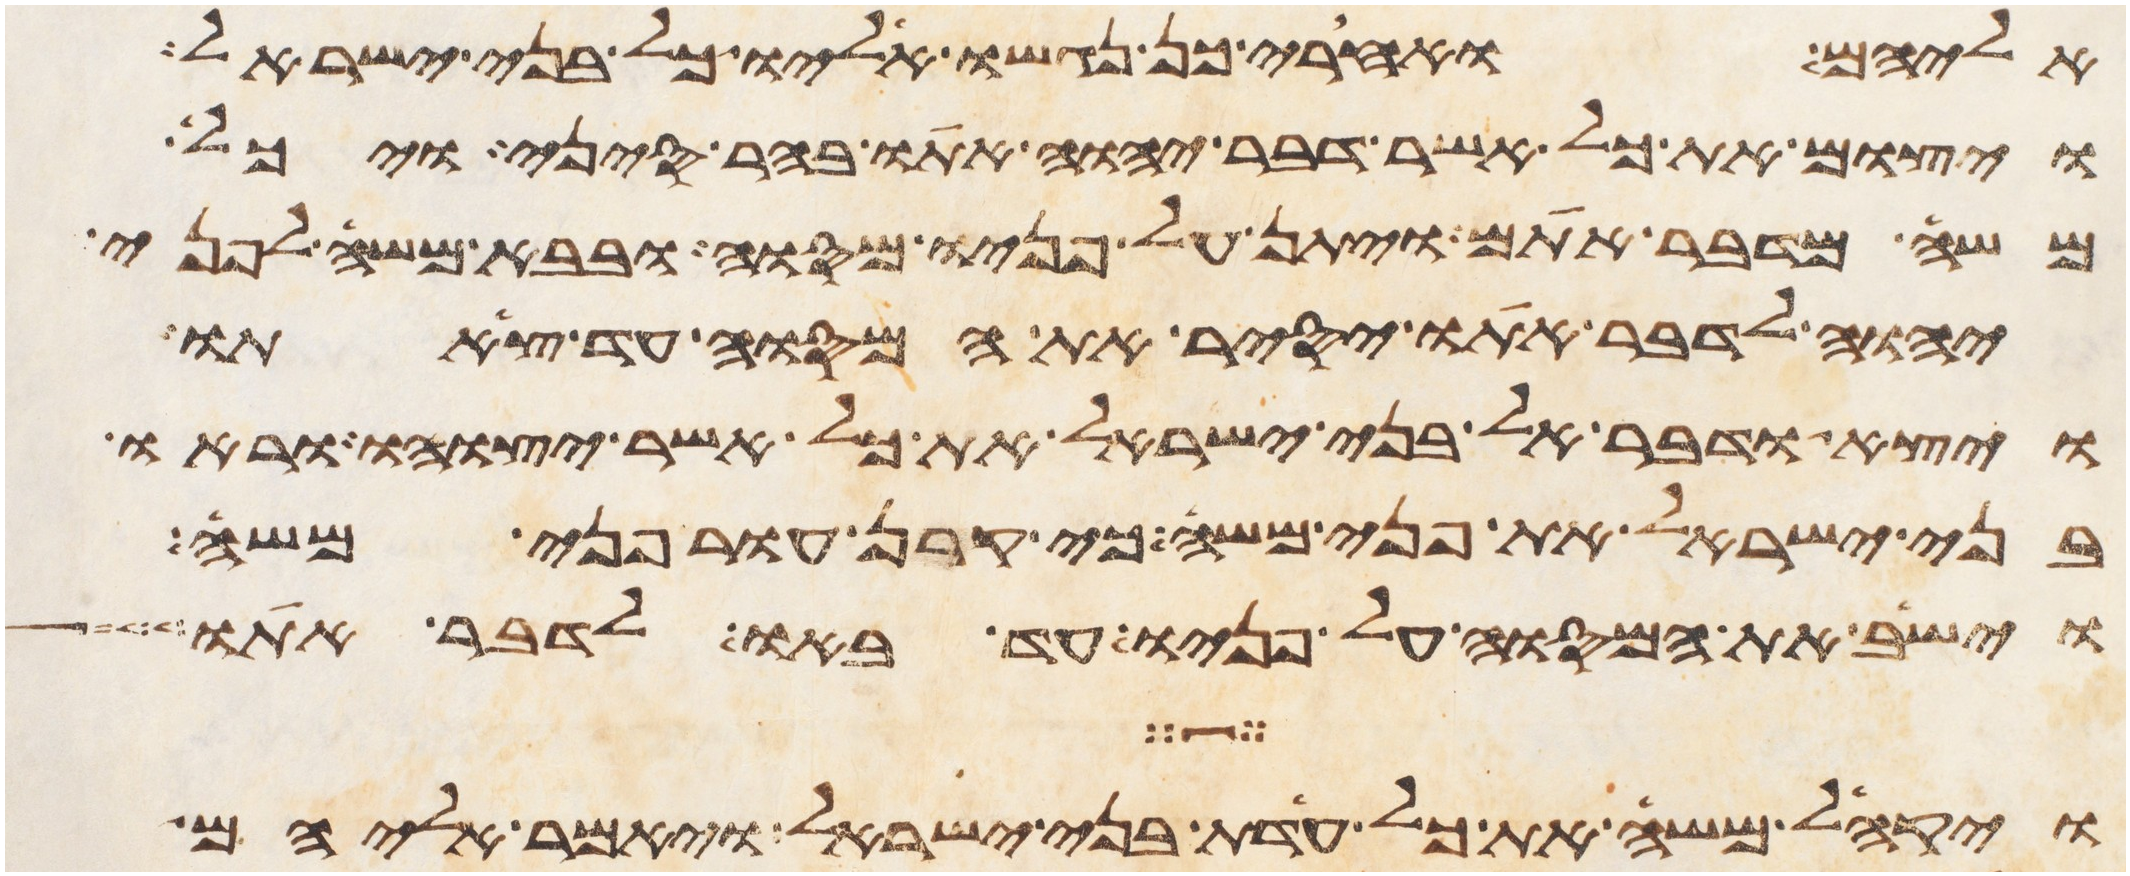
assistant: אליהם ואחרי כן נגשו אליו כל בני ישראל
ויצום את כל אשר דבר יהוה אתו בהר סיני ויכל
משה מדבר אתם ויתן על פניו מסוה ובבא משה לפני
יהוה לדבר אתו יסיר את המסוה עד צאתו
ויצא ודבר אל בני ישראל את כל אשר יצוהו וראו
בני ישראל את פני משה כי קרן עור פני משה
והשיב את המסוה על פניו עד באו לדבר אתו
ויקהל משה את כל עדת בני ישראל ויאמר אליהם